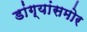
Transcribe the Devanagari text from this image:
डांग्यांसमोर